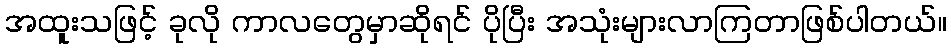
အထူးသဖြင့် ခုလို ကာလတွေမှာဆိုရင် ပိုပြီး အသုံးများလာကြတာဖြစ်ပါတယ်။